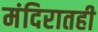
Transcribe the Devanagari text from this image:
मंदिरातही